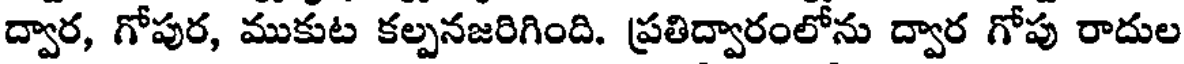
ద్వార, గోపుర, ముకుట కల్పనజరిగింది. ప్రతిద్వారంలోను ద్వార గోపు రాదుల